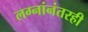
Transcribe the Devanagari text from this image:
लग्नांनंतरही